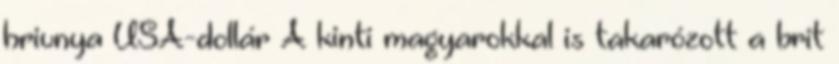
hrivnya USA-dollár A kinti magyarokkal is takarózott a brit